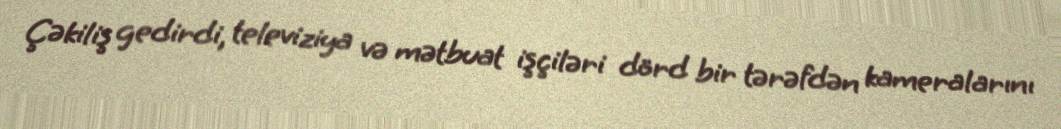
Çəkiliş gedirdi, televiziya və mətbuat işçiləri dörd bir tərəfdən kameralarını